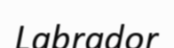
Labrador